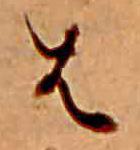
は